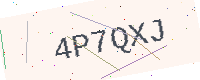
Text: 4P7QXJ